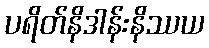
ပရိတ်နိဒါန်းနိဿယ